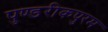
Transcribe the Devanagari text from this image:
पुण्डरीकपुरम